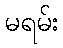
မရမ်း